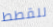
للقطط